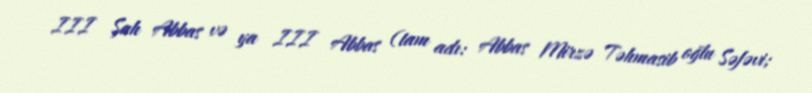
III Şah Abbas və ya III Abbas (tam adı: Abbas Mirzə Təhmasib oğlu Səfəvi;